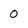
Character: O